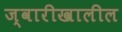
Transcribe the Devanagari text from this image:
ज्वारीखालील